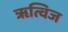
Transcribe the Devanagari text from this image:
ॠत्विज